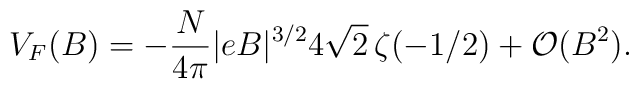
V_F(B) = -\frac{N}{4\pi}|eB|^{3/2} 4\sqrt{2}\,\zeta(-1/2)  +{\cal O}(B^2).